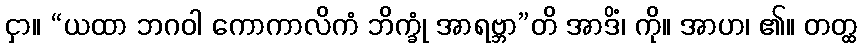
ငှာ။ “ယထာ ဘဂဝါ ကောကာလိကံ ဘိက္ခုံ အာရဗ္ဘာ”တိ အာဒိံ၊ ကို။ အာဟ၊ ၏။ တတ္ထ